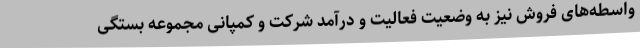
واسطه‌های فروش نیز به وضعیت فعالیت و درآمد شرکت و کمپانی مجموعه بستگی